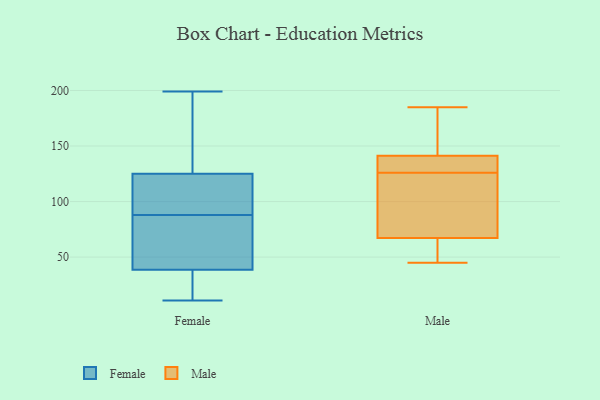
{"axis": {"x": "Backlog", "y": "Value"}, "legend": ["Female", "Male"], "data": [{"x": "", "y": 125, "type": "Female"}, {"x": "", "y": 125, "type": "Female"}, {"x": "", "y": 83, "type": "Female"}, {"x": "", "y": 90, "type": "Female"}, {"x": "", "y": 114, "type": "Female"}, {"x": "", "y": 43, "type": "Female"}, {"x": "", "y": 193, "type": "Female"}, {"x": "", "y": 88, "type": "Female"}, {"x": "", "y": 199, "type": "Female"}, {"x": "", "y": 61, "type": "Female"}, {"x": "", "y": 31, "type": "Female"}, {"x": "", "y": 11, "type": "Female"}, {"x": "", "y": 64, "type": "Female"}, {"x": "", "y": 16, "type": "Female"}, {"x": "", "y": 195, "type": "Female"}, {"x": "", "y": 37, "type": "Female"}, {"x": "", "y": 105, "type": "Female"}, {"x": "", "y": 182, "type": "Female"}, {"x": "", "y": 37, "type": "Female"}, {"x": "", "y": 45, "type": "Male"}, {"x": "", "y": 53, "type": "Male"}, {"x": "", "y": 65, "type": "Male"}, {"x": "", "y": 175, "type": "Male"}, {"x": "", "y": 145, "type": "Male"}, {"x": "", "y": 126, "type": "Male"}, {"x": "", "y": 140, "type": "Male"}, {"x": "", "y": 70, "type": "Male"}, {"x": "", "y": 68, "type": "Male"}, {"x": "", "y": 125, "type": "Male"}, {"x": "", "y": 129, "type": "Male"}, {"x": "", "y": 135, "type": "Male"}, {"x": "", "y": 185, "type": "Male"}]}